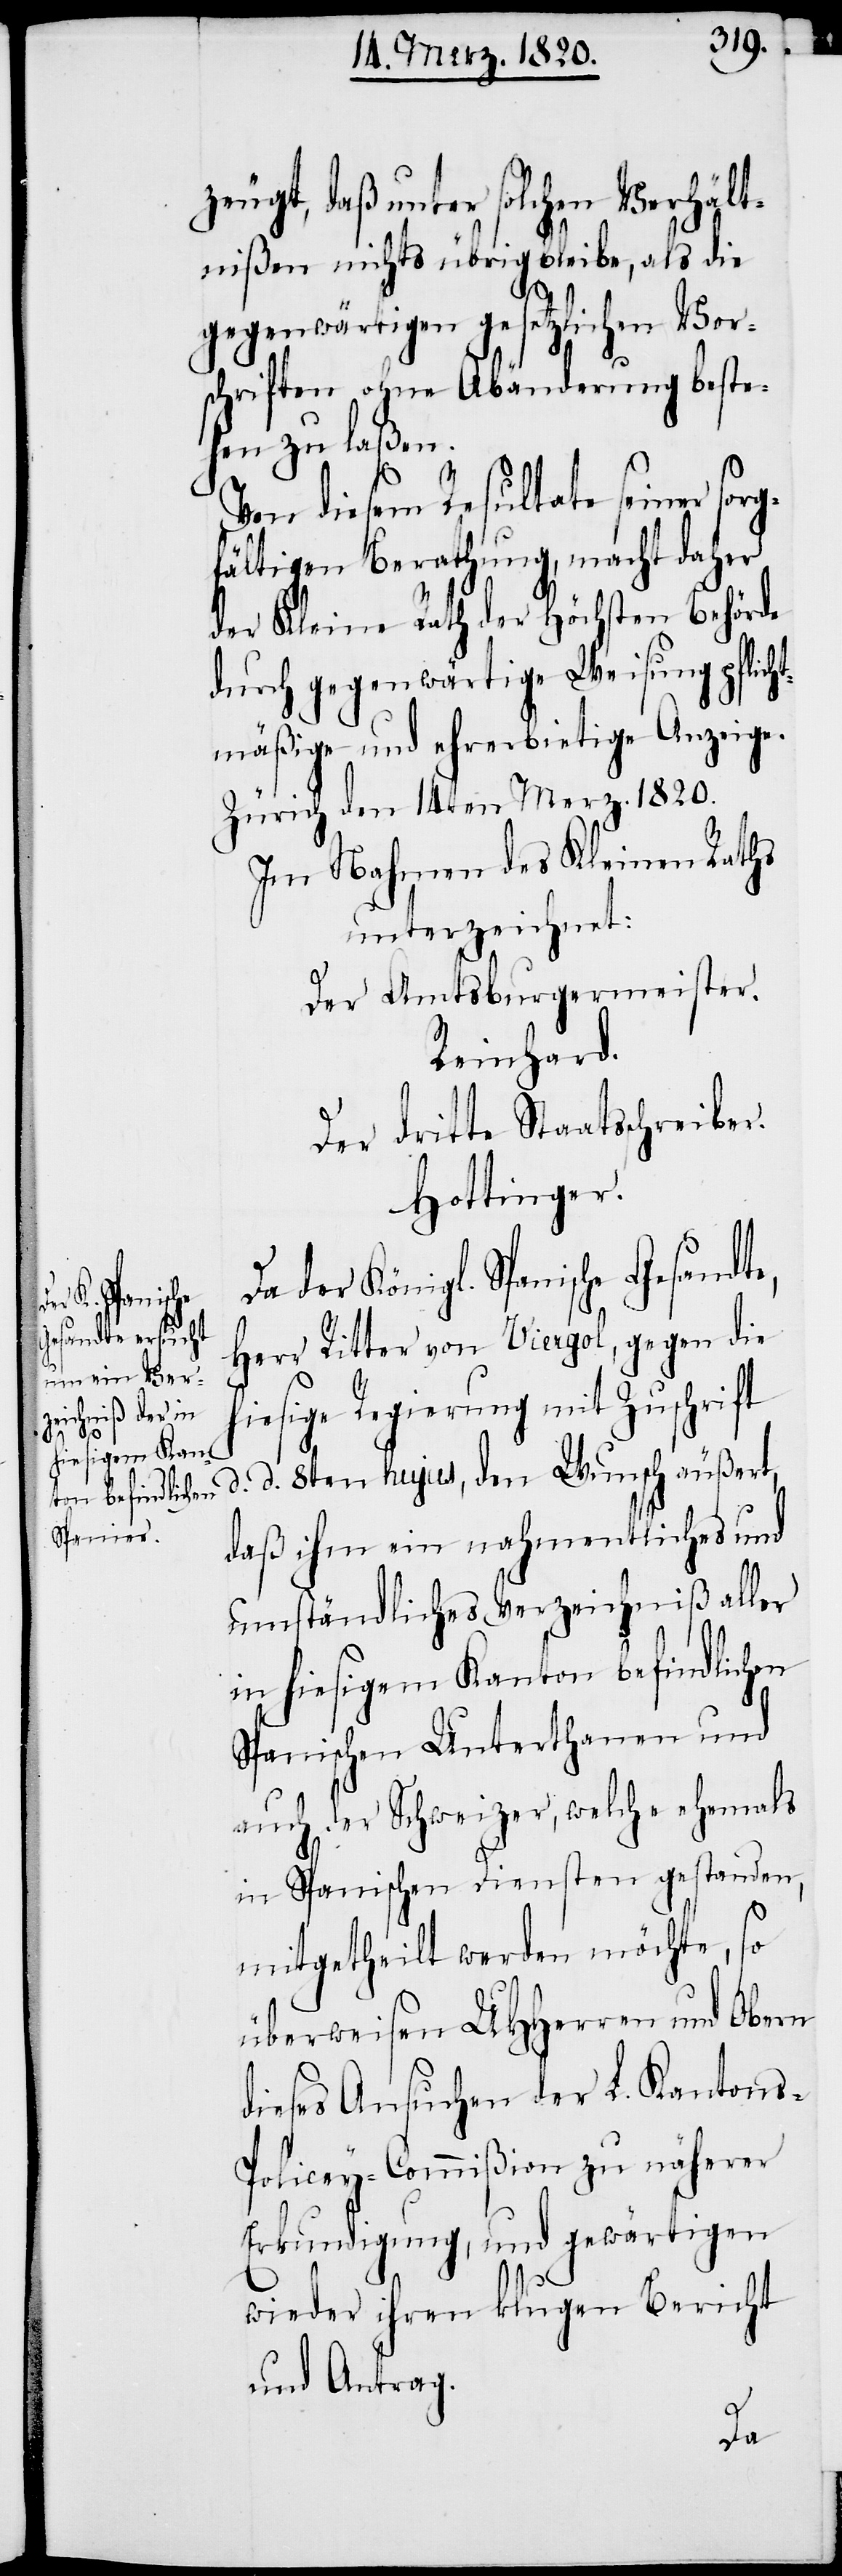
zeugt, daß unter solchen Verhält¬
nißen nichts übrigbleibe, als die
gegenwärtigen gesetzlichen Vor¬
schriften ohne Abänderung beste¬
hen zu laßen.
Von diesem Resultate seiner so¬
fältigen Berathung, macht daher
der Kleine Rath der Höchsten Behörde
durch gegenwärtige Weisung pflich¬
tmäßige und ehrerbietige Anzeige.
Zürich den 14ten Merz. 1820.
Im Nahmen des Kleinen Raths
unterzeichnet:
Der Amtsburgermeister.
Reinhard.
Der dritte Staatsschreiber.
Hottinger.
Da der Königl. Spanische Gesandte,
Herr Ritter von Viergol, gegen die
hiesige Regierung mit Zuschrift
d d 8ten hujus, den Wunsch äußert,
daß ihm ein nahmentliches und
umständliches Verzeichniß aller
rg¬
in hiesigem Kanton befindlichen
Spanischen Unterthanen und
auch der Schweizer, welche ehemals
in Spanischen Diensten gestanden,
mitgetheilt werden möchte, so
überweisen UHHerren und Obern
dieses Ansuchen der L. Kantons-P¬
olicey-Commißion zu näherer
Erkundigung, und gewärtigen
wieder ihren klugen Bericht
und Antrag.